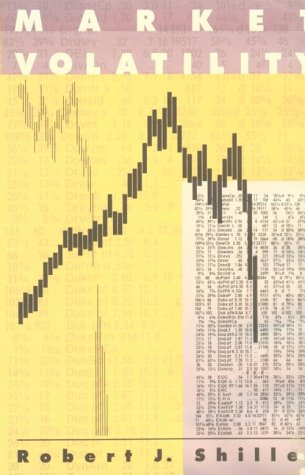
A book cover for Market Volatility; Robert J. Shiller; Business & Money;